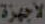
الأجهزة